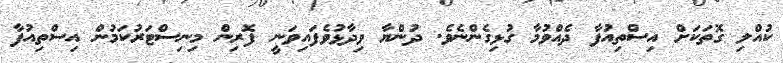
ކުއްލި ގޮތަކަށް އިސްތިއުފާ ދެއްވުމާ ގުޅިގެންނެވެ. ދުންޔާ ވިދާޅުވެފައިވަނީ ފޮރިން މިނިސްޓަރުކަމުން އިސްތިއުފާ